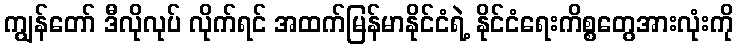
ကျွန်တော် ဒီလိုလုပ် လိုက်ရင် အထက်မြန်မာနိုင်ငံရဲ့ နိုင်ငံရေးကိစ္စတွေအားလုံးကို